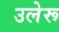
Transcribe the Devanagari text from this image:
उलेरू